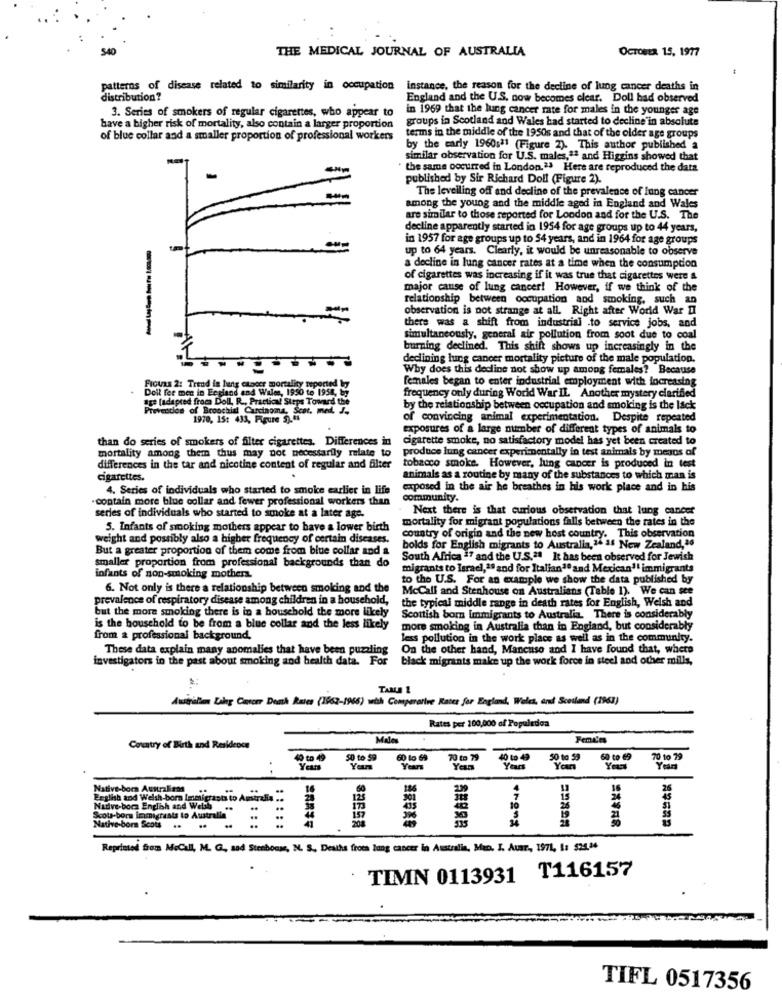
..
THE MEDICAL JOURNAL OF AUSTRALIA
OCTOBER. 15, 1977
patterns of disease related to similarity in occupation instance, the reason for the decline of lung cancer deaths in
distribution?
England and the U.S. now becomes clear. Doll had observed
3. Series of smokers of regular cigarettes, who appear to
in 1969 that the lung cancer rate for males in the younger age
groups in Scotland and Wales had started to decline'in absolute
have a higher risk of mortality, also contain a larger proportion
of blue collar and a smaller proportion of professional workers
terms in the middle of the 1950s and that of the older age groups
by the early 1960sª1 (Figure 2). This author published a
similar observation for U.S. males,2ª and Higgins showed that
the same occurred in London.ª. Here are reproduced the data
published by Sir Richard Doll (Figure 2).
The leveiling off and decline of the prevalence of lung cancer
among the young and the middle aged in England and Wales
are similar to those reported for London and for the U.S. The
decline apparently started in 1954 for age groups up to 44 years,
in 1957 for age groups up to 54 years, and in 1964 for age groups
up to 64 years. Clearly, it would be unreasonable to observe
a decline in lung cancer rates at a time when the consumption
of cigarettes was increasing if it was true that cigarettes were &
major cause of lung cancer! However, if we think of the
relationship between occupation and smoking, such an
observation is not strange at all. Right after World War II
there was a shift from industrial .to service jobs, and
simultaneously, general air pollution from soot due to coal
burning declined. This shift shows up increasingly in the
declining lung cancer mortality picture of the male population.
Why does this decline not show up among females? Because
females began to enter industrial employment with increasing
Frotas 2: Trend in hunts cancer mortality
Doil fer men in England and Wales, 1950 te 195
ladapted frocs Doll, R ., Practical Steps Towar
frequency only during World War IL Another mystery clarified
Prevention of Bronchial Carcinoma, Se
by the relationship between occupation and smoking is the lack
1970, 15: 433, Figure 5).18
of convincing animal experimentation. Despite repeated
exposures of a large number of different types of animals to
than do series of smokers of filter cigarettes. Differences in
cigarette smoke, no satisfactory model has yet been created to
mortality among them thus may not necessarily relate to
produce lung cancer experimentally in test animals by means of
differences in the tar and nicotine content of regular and filter
tobacco smoke. However, lung cancer is produced in test
cigarettes.
animals as a routine by many of the substances to which man is
4. Series of individuals who started to smoke earlier in life
exposed in the air he breathes in his work place and in his
contain more blue collar and fewer professional workers than
community.
Next there is that curious observation that lung cancer
series of individuals who started to smoke at a later age.
mortality for migrant populations falls between the rates in the
5. Infants of smoking mothers appear to have a lower birth
weight and possibly also a higher frequency of certain diseases.
country of origin and the new host country. This observation
But a greater proportion of them come from blue collar and a
bolds for English migrants to Australia,14 af New Zealand, 16
smaller proportion from professional backgrounds than do
South Africa 17 and the U.S.21 It has been observed for Jewish
migrants to lsrael,19 and for Italian""and Mexican'' immigrants
infants of non-smoking mother.
to the U.S. For an example we show the data published by
6. Not only is there a relationship between smoking and the
McCall and Stenhouse on Australians (Table 1). We can see
prevalence of respiratory disease among children in a household,
the typical middle range in death rates for English, Welsh and
but the more smoking there is in a household the more likely
Scottish bom Immigrants to Australia. There is considerably
is the household to be from a blue collar and the less likely
more smoking in Australia than in England, but considerably
from a professional background.
less pollution in the work place as well as in the community.
These data explain many anomalies that have been puzzling
On the other hand, Mancuso and I have found that, where
investigators in the past about smoking and health data. For
black migrants make up the work force in steel and other mills,
TABLE 1
Australien Lung Cancer Dank katce (1963-1966) with Comparative Rates for England, Wales, and Scotland (1963)
Rates per 100,000 of Populeden
Malo
Country of Birth and Residence
40 to 49
50 to 59
60 lo 69
70 to 79
40 to 49
50 to 59
60 to 69
70 to 79
Years
Years
Year
Years
Yeari
Native-bora Australians
26
English tod Welsh-born Immigrants to Australia ..
125
15
24
Nadive-bocs English and Wetab
10
Scou-born immigrants to Australia"
82858
Native-born Scots
Reprinted from MoCall, M. G ., sad Stenbonne, N. S. Deaths froes lung cancer in Australia, Man. I. Auar, 1971, 1: $25.34
TIMN 0113931 T116157
TIFL 0517356